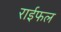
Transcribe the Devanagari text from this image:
राईफल